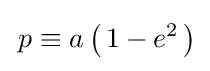
\,p\equiv a\left(\,1-e^{2}\,\right)